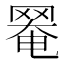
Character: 𦋙